Indian journal of veterinary science and animal husbandry - Volumes 26-27, 1956-1957
Year: 1956
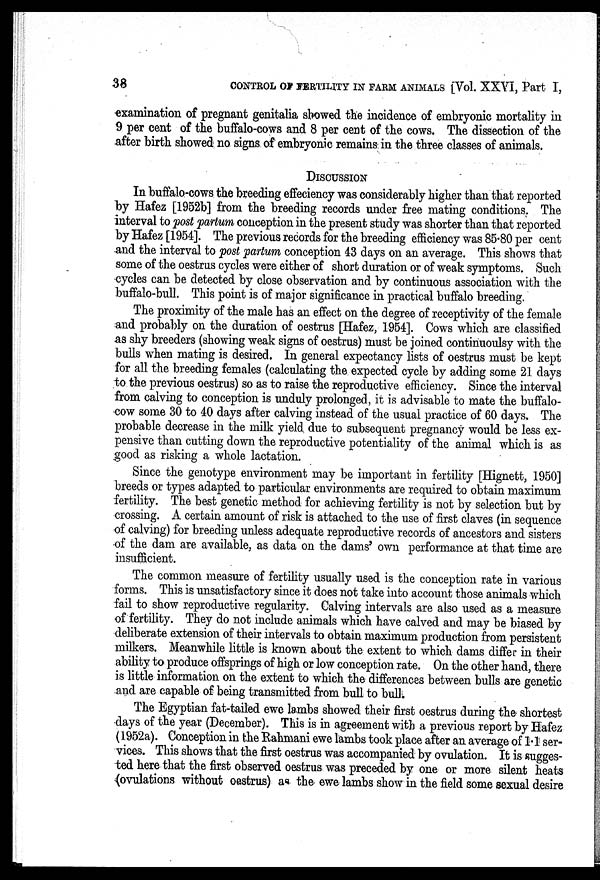
38
CONTROL OF FERTILITY IN FARM ANIMALS [Vol. XXVI, Part I,
examination of pregnant genitalia showed the incidence of embryonic mortality in
9 per cent of the buffalo-cows and 8 per cent of the cows. The dissection of the
after birth showed no signs of embryonic remains in the three classes of animals.
DISCUSSION
In buffalo-cows the breeding efficiency was considerably higher than that reported
by Hafez [1952b] from the breeding records under free mating conditions. The
interval to post partum conception in the present study was shorter than that reported
by Hafez [1954]. The previous records for the breeding efficiency was 85.80 per cent
and the interval to post partum conception 43 days on an average. This shows that
some of the oestrus cycles were either of short duration or of weak symptoms. Such
cycles can be detected by close observation and by continuous association with the
buffalo-bull. This point is of major significance in practical buffalo breeding.
The proximity of the male has an effect on the degree of receptivity of the female
and probably on the duration of oestrus [Hafez, 1954]. Cows which are classified
as shy breeders (showing weak signs of oestrus) must be joined continuoulsy with the
bulls when mating is desired. In general expectancy lists of oestrus must be kept
for all the breeding females (calculating the expected cycle by adding some 21 days
to the previous oestrus) so as to raise the reproductive efficiency. Since the interval
from calving to conception is unduly prolonged, it is advisable to mate the buffalo-
cow some 30 to 40 days after calving instead of the usual practice of 60 days. The
probable decrease in the milk yield due to subsequent pregnancy would be less ex-
pensive than cutting down the reproductive potentiality of the animal which is as
good as risking a whole lactation.
Since the genotype environment may be important in fertility [Hignett, 1950]
breeds or types adapted to particular environments are required to obtain maximum
fertility. The best genetic method for achieving fertility is not by selection but by
crossing. A certain amount of risk is attached to the use of first claves (in sequence
of calving) for breeding unless adequate reproductive records of ancestors and sisters
of the dam are available, as data on the dams' own performance at that time are
insufficient.
The common measure of fertility usually used is the conception rate in various
forms. This is unsatisfactory since it does not take into account those animals which
fail to show reproductive regularity. Calving intervals are also used as a measure
of fertility. They do not include animals which have calved and may be biased by
deliberate extension of their intervals to obtain maximum production from persistent
milkers. Meanwhile little is known about the extent to which dams differ in their
ability to produce offsprings of high or low conception rate. On the other hand, there
is little information on the extent to which the differences between bulls are genetic
and are capable of being transmitted from bull to bull.
The Egyptian fat-tailed ewe lambs showed their first oestrus during the shortest
days of the year (December). This is in agreement with a previous report by Hafez
(1952a). Conception in the Rahmani ewe lambs took place after an average of 1.1 ser-
vices. This shows that the first oestrus was accompanied by ovulation. It is sugges-
ted here that the first observed oestrus was preceded by one or more silent heats
(ovulations without oestrus) as the ewe lambs show in the field some sexual desire